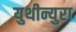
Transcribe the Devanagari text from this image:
युथीन्युरा